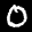
Label: 0